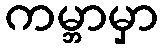
ကမ္ဘာမှာ